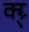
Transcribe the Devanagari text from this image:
क्ग्र्